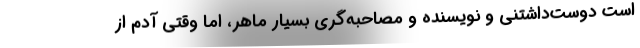
است دوست‌داشتنی و نویسنده و مصاحبه‌گری بسیار ماهر، اما وقتی آدم از